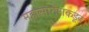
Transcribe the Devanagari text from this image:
महासागराकडून